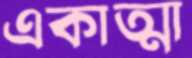
একাত্মা